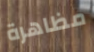
مظاهرة